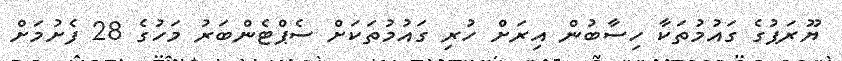
ޔޫރަޕުގެ ގައުމުތަކާ ހިސާބުން އިރަށް ހުރި ގައުމުތަކަށް ސެޕްޓެންބަރު މަހުގެ 28 ފެށުމަށް